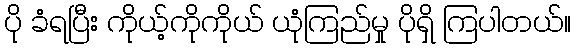
ပို ခံရပြီး ကိုယ့်ကိုကိုယ် ယုံကြည်မှု ပိုရှိ ကြပါတယ်။